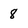
Character: 8